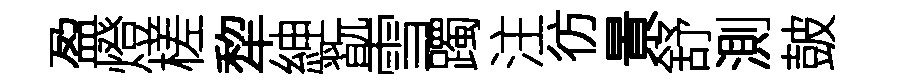
盈燈槎犂紳翫雪躅注彷㬌舒測皷